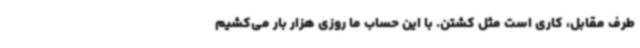
طرف مقابل، کاری است مثل کشتن. با این حساب ما روزی هزار بار می‌کشیم